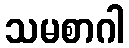
သမစာဂါ